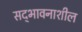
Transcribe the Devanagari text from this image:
सद्‌भावनाशील